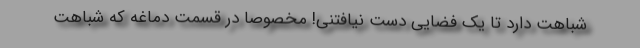
شباهت دارد تا یک فضایی دست نیافتنی! مخصوصا در قسمت دماغه که شباهت